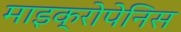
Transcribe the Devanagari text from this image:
माइक्रोपेनिस